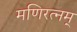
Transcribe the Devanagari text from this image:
मणिरत्‍नम्